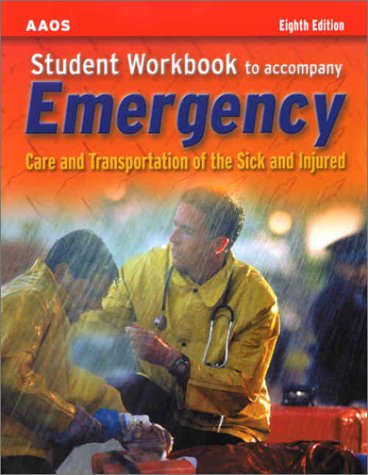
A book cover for Student Workbook to Accompany Emergency Care and Transportation of the Sick and Injured; AAOS; Medical Books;